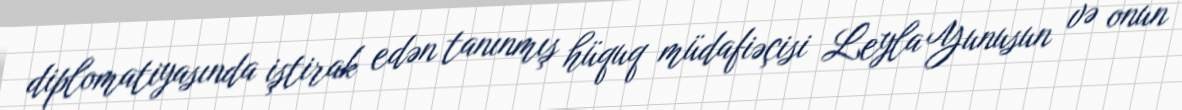
diplomatiyasında iştirak edən tanınmış hüquq müdafiəçisi Leyla Yunusun və onun